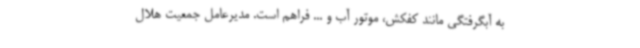
به آبگرفتگی مانند کفکش، موتور آب و ... فراهم است. مدیرعامل جمعیت هلال